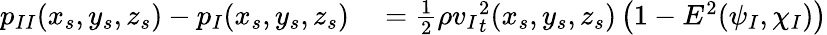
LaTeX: \begin{array}{rl}{{p_{II}}(x_{s},y_{s},z_{s})-{p_{I}}(x_{s},y_{s},z_{s})}&{{}={}\frac{1}{2}\rho{v_{I}}_{t}^{2}(x_{s},y_{s},z_{s})\left(1-E^{2}(\psi_{I},\chi_{I})\right)}\end{array}